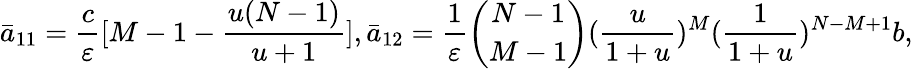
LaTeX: \bar{a}_{11}=\frac{c}{\varepsilon}[M-1-\frac{u(N-1)}{u+1}],\bar{a}_{12}=\frac{1}{\varepsilon}\binom{N-1}{M-1}(\frac{u}{1+u})^{M}(\frac{1}{1+u})^{N-M+1}b,